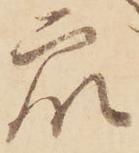
衆